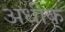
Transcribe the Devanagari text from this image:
अधीक्